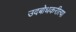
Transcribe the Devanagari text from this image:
उदबोधकरीत्या